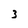
Character: 3